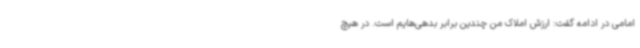
امامی در ادامه گفت: ارزش املاک من چندین برابر بدهی‌هایم است. در هیچ